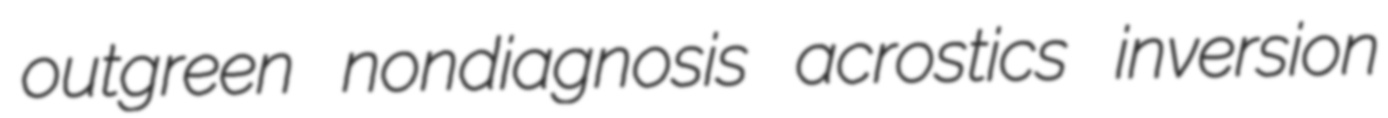
outgreen nondiagnosis acrostics inversion